Report on horse surra - Volume I
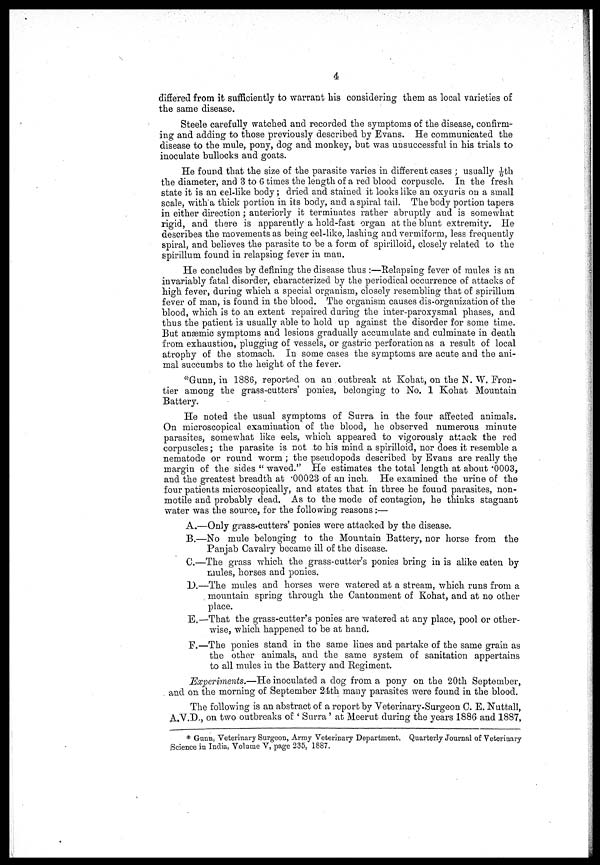
4
differed from it sufficiently to warrant his considering them as local varieties of
the same disease.
Steele carefully watched and recorded the symptoms of the disease, confirm-
ing and adding to those previously described by Evans. He communicated the
disease to the mule, pony, dog and monkey, but was unsuccessful in his trials to
inoculate bullocks and goats.
He found that the size of the parasite varies in different cases ; usually 1/6th
the diameter, and 3 to 6 times the length of a red blood corpuscle. In the fresh
state it is an eel-like body; dried and stained it looks like an oxyuris on a small
scale, with a thick portion in its body, and a spiral tail. The body portion tapers
in either direction; anteriorly it terminates rather abruptly and is somewhat
rigid, and there is apparently a hold-fast organ at the blunt extremity. He
describes the movements as being eel-like, lashing and vermiform, less frequently
spiral, and believes the parasite to be a form of spirilloid, closely related to the
spirillum found in relapsing fever in man.
He concludes by defining the disease thus :—Relapsing fever of mules is an
invariably fatal disorder, characterized by the periodical occurrence of attacks of
high fever, during which a special organism, closely resembling that of spirillum
fever of man, is found in the blood. The organism causes dis-organization of the
blood, which is to an extent repaired during the inter-paroxysmal phases, and
thus the patient is usually able to hold up against the disorder for some time.
But anæmic symptoms and lesions gradually accumulate and culminate in death
from exhaustion, plugging of vessels, or gastric perforation as a result of local
atrophy of the stomach. In some cases the symptoms are acute and the ani-
mal succumbs to the height of the fever.
*Gunn, in 1886, reported on an outbreak at Kohat, on the N. W. Fron-
tier among the grass-cutters' ponies, belonging to No. 1 Kohat Mountain
Battery.
He noted the usual symptoms of Surra in the four affected animals.
On microscopical examination of the blood, he observed numerous minute
parasites, somewhat like eels, which appeared to vigorously attack the red
corpuscles; the parasite is not to his mind a spirilloid, nor does it resemble a
nematode or round worm ; the pseudopods described by Evans are really the
margin of the sides " waved." He estimates the total length at about .0003,
and the greatest breadth at .00023 of an inch. He examined the urine of the
four patients microscopically, and states that in three he found parasites, non-
motile and probably dead. As to the mode of contagion, he thinks stagnant
water was the source, for the following reasons;—
A.—Only grass-cutters' ponies were attacked by the disease.
B.—No mule belonging to the Mountain Battery, nor horse from the
Panjab Cavalry became ill of the disease.
C.—The grass which the grass-cutter's ponies bring in is alike eaten by
mules, horses and ponies.
1).—The mules and horses were watered at a stream, which runs from a
mountain spring through the Cantonment of Kohat, and at no other
place.
E.—That the grass-cutter's ponies are watered at any place, pool or other-
wise, which happened to be at hand.
F.—The ponies stand in the same lines and partake of the same grain as
the other animals, and the same system of sanitation appertains
to all mules in the Battery and Regiment.
Experiments.—He inoculated a dog from a pony on the 20th September,
and on the morning of September 24th many parasites were found in the blood.
The following is an abstract of a report by Veterinary-Surgeon C. E. Nuttall,
A.Y.D., on two outbreaks of ' Surra ' at Meerut during the years 1886 and 1887,
* Gunn, Veterinary Surgeon, Army Veterinary Department, Quarterly Journal of Veterinary
Science in India, Volume V, page 235, 1887.